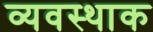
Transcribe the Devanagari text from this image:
व्यवस्थाक